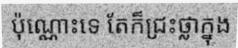
ប៉ុណ្ណោះទេ តែក៏ជ្រះថ្លាក្នុង